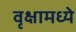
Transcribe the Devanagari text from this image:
वृक्षामध्ये